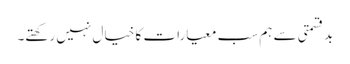
بدقسمتی سے ہم سب معیارات کا خیال نہیں رکھتے۔